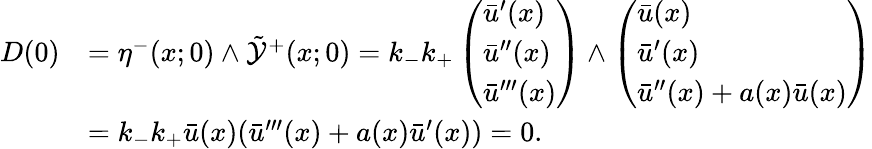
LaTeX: \begin{array}{rl}{D(0)}&{=\eta^{-}(x;0)\wedge\tilde{\mathcal{Y}}^{+}(x;0)=k_{-}k_{+}\left(\begin{array}{l}{\bar{u}^{\prime}(x)}\\ {\bar{u}^{\prime\prime}(x)}\\ {\bar{u}^{\prime\prime\prime}(x)}\end{array}\right)\wedge\left(\begin{array}{l}{\bar{u}(x)}\\ {\bar{u}^{\prime}(x)}\\ {\bar{u}^{\prime\prime}(x)+a(x)\bar{u}(x)}\end{array}\right)}\\ &{=k_{-}k_{+}\bar{u}(x)(\bar{u}^{\prime\prime\prime}(x)+a(x)\bar{u}^{\prime}(x))=0.}\end{array}